NAE_ERA_R-1765_ENSV_Kirjanike_Liit_1945-1955, lk 59
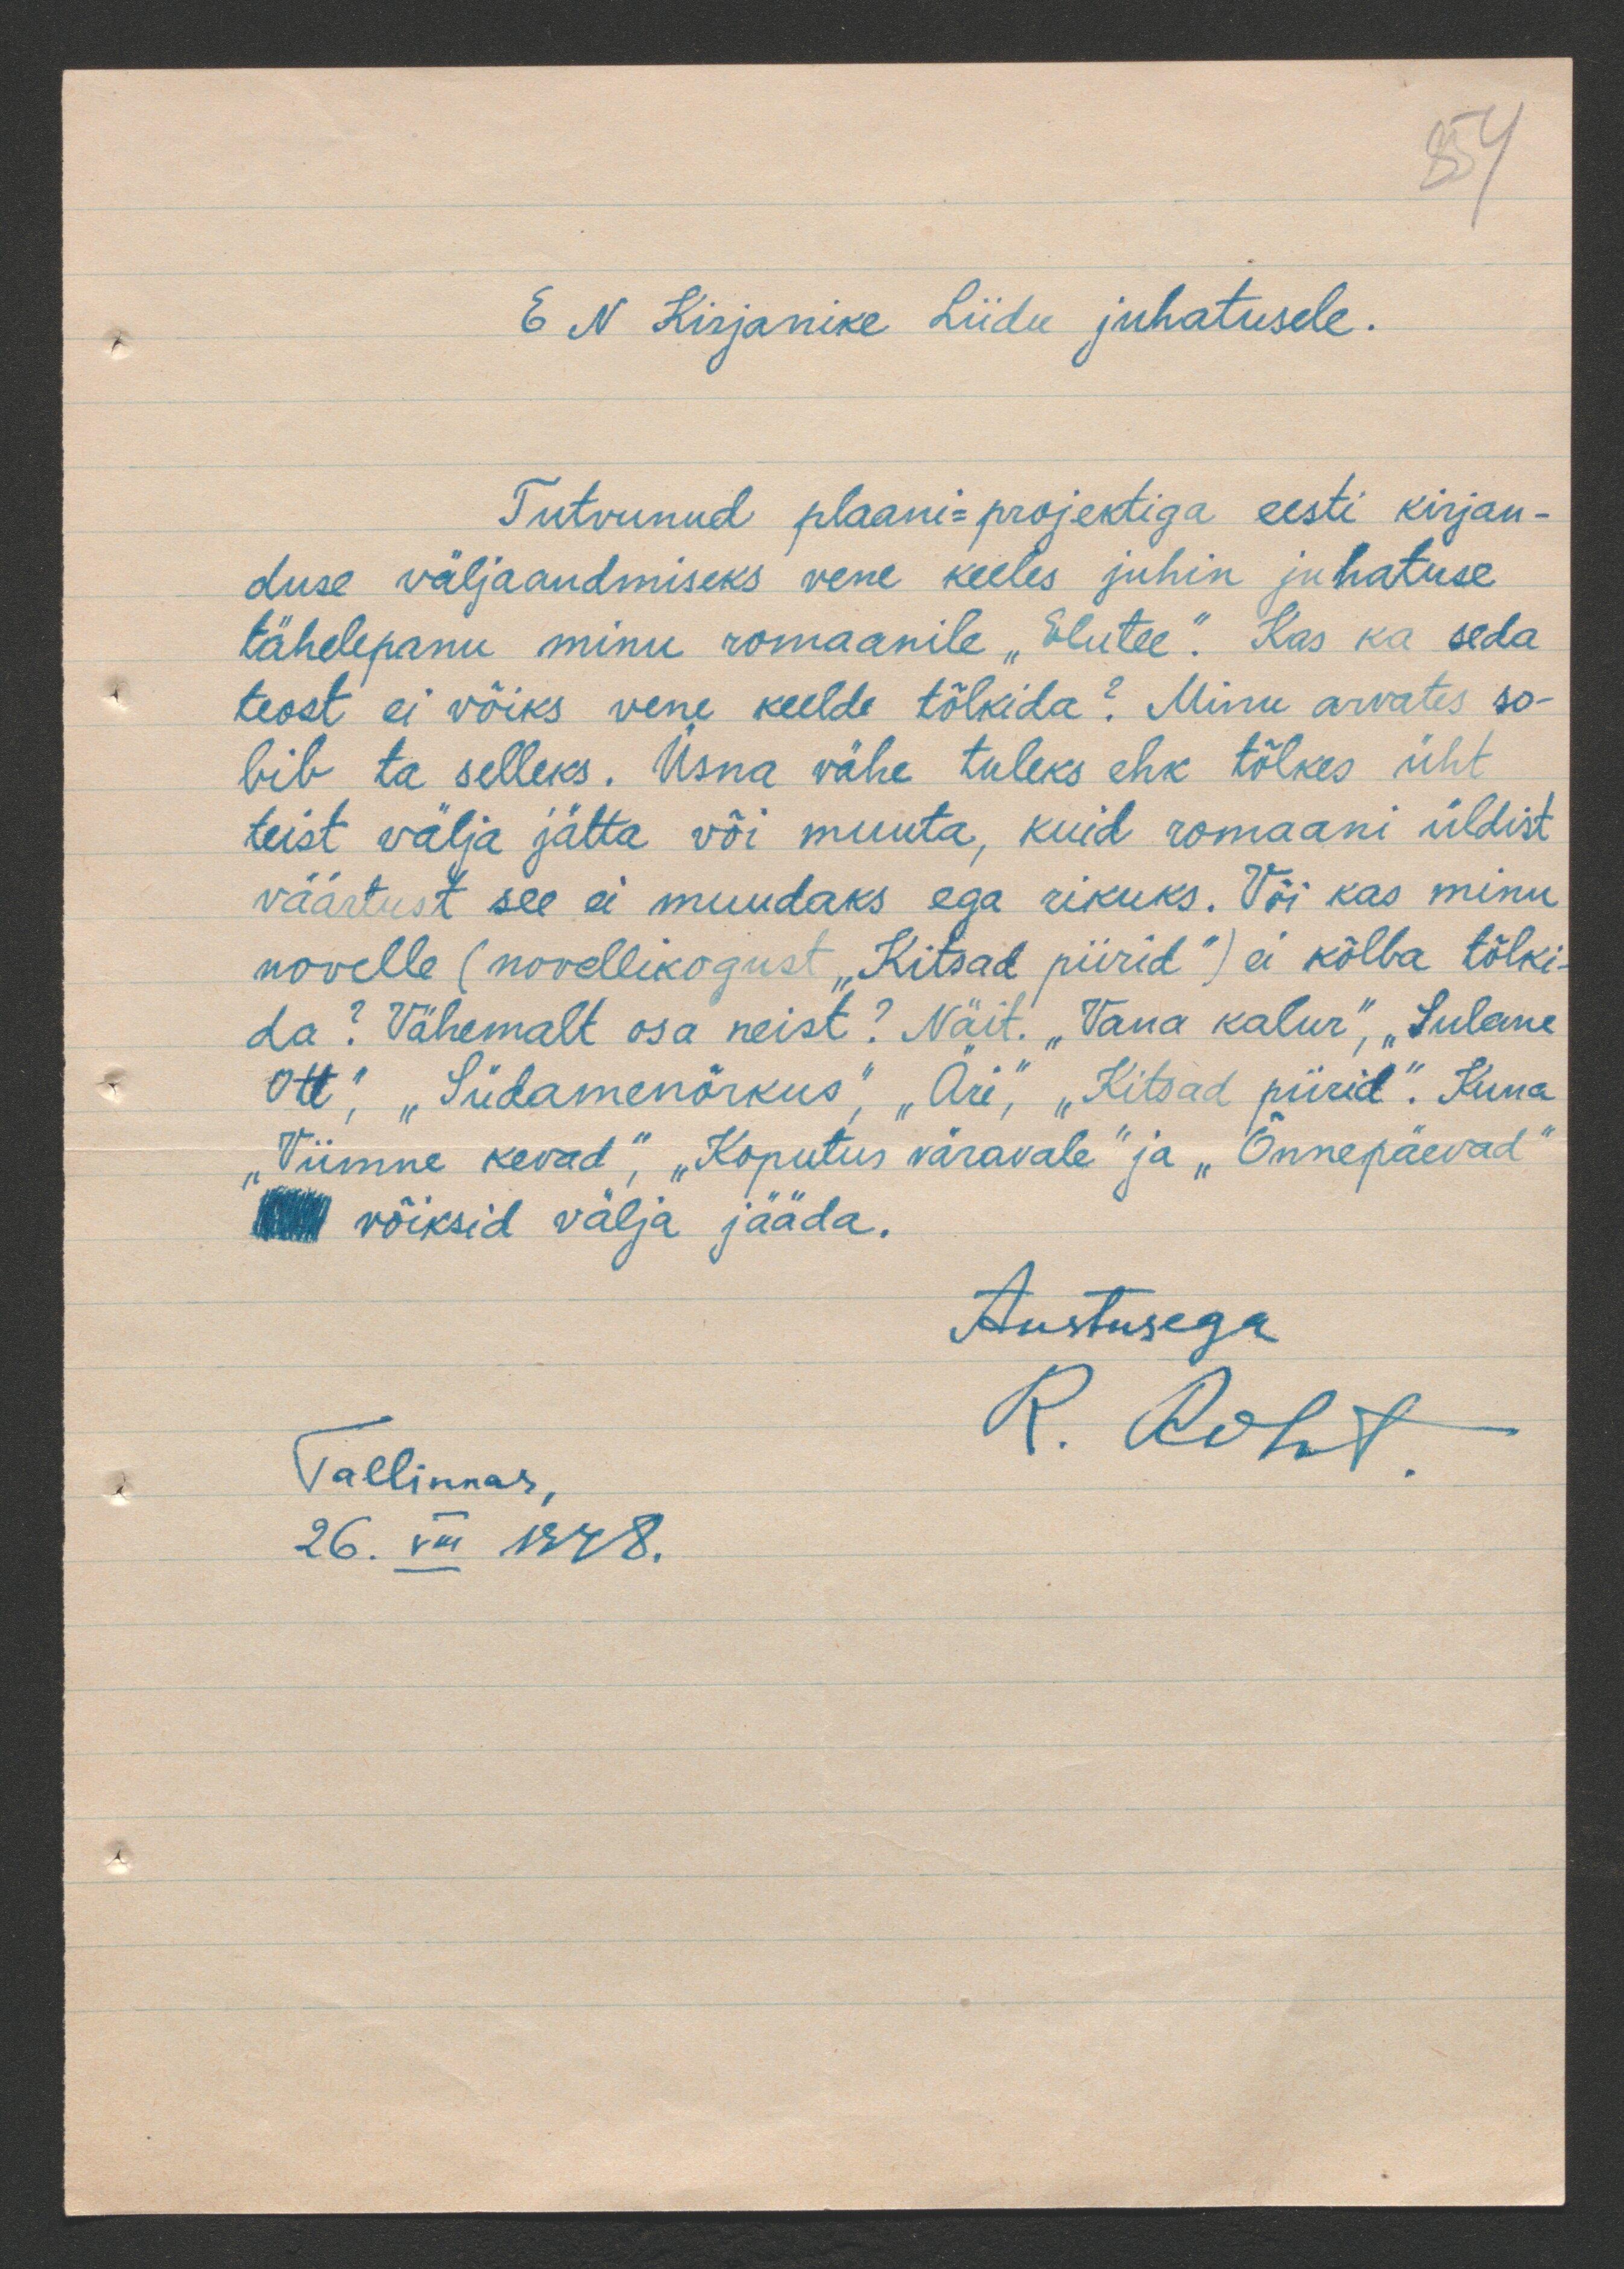
EN Kirjanike Liidu juhatusele
Tutvunud plaani-projektiga eesti kirjan
duse väljaandmiseks vene keeles juhin juhatuse
tähelepanu minu romaanile "Elutee." Kas ka seda
teost ei võiks vene keelde tõlkida? Minu arvates so-
bib ta selleks. Üsna vähe tuleks ehk tõlkes üht
teist välja jätta või muuta, kuid romaani üldist
väärtust see ei muudaks ega rikuks. Või kas minu
novelle (novellikogust "Kitsad piirid") ei kõlba tõlki-
da? Vähemalt osa neist? Näit. "Vana kalur", "Sulane
Ott", "Südamenõrkus, "Äri, "Kitsad piirid". Kuna
"Viimne kevad", "Koputus väravale" ja "Õnnepäevad"
võiksid välja jääda.
Austusega
R. Roht
Tallinnas,
26. VIII 1948.